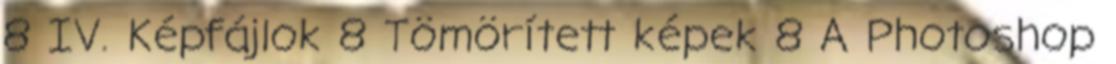
8 IV. Képfájlok 8 Tömörített képek 8 A Photoshop